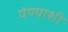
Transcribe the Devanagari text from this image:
येण्याशी